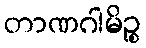
တာဏဂါမိဉ္စ